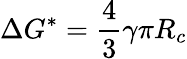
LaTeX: \Delta G^{*}=\frac{4}{3}\gamma\pi R_{c}